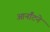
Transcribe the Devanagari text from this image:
आर्नॉटने